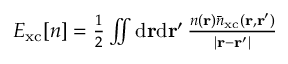
\begin{array} { r } { E _ { \mathrm { x c } } \ensuremath { [ n ] } = \frac { 1 } { 2 } \iint \mathrm { d } \ensuremath { \mathbf { r } } \mathrm { d } \ensuremath { \mathbf { r } } ^ { \prime } \, \frac { n ( \ensuremath { \mathbf { r } } ) \bar { n } _ { \mathrm { x c } } ( \ensuremath { \mathbf { r } } , \ensuremath { \mathbf { r } } ^ { \prime } ) } { | \ensuremath { \mathbf { r } } - \ensuremath { \mathbf { r } } ^ { \prime } | } } \end{array}